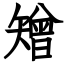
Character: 矰